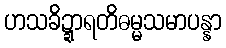
ဟသခိဍ္ဍာရတိဓမ္မသမာပန္နာ